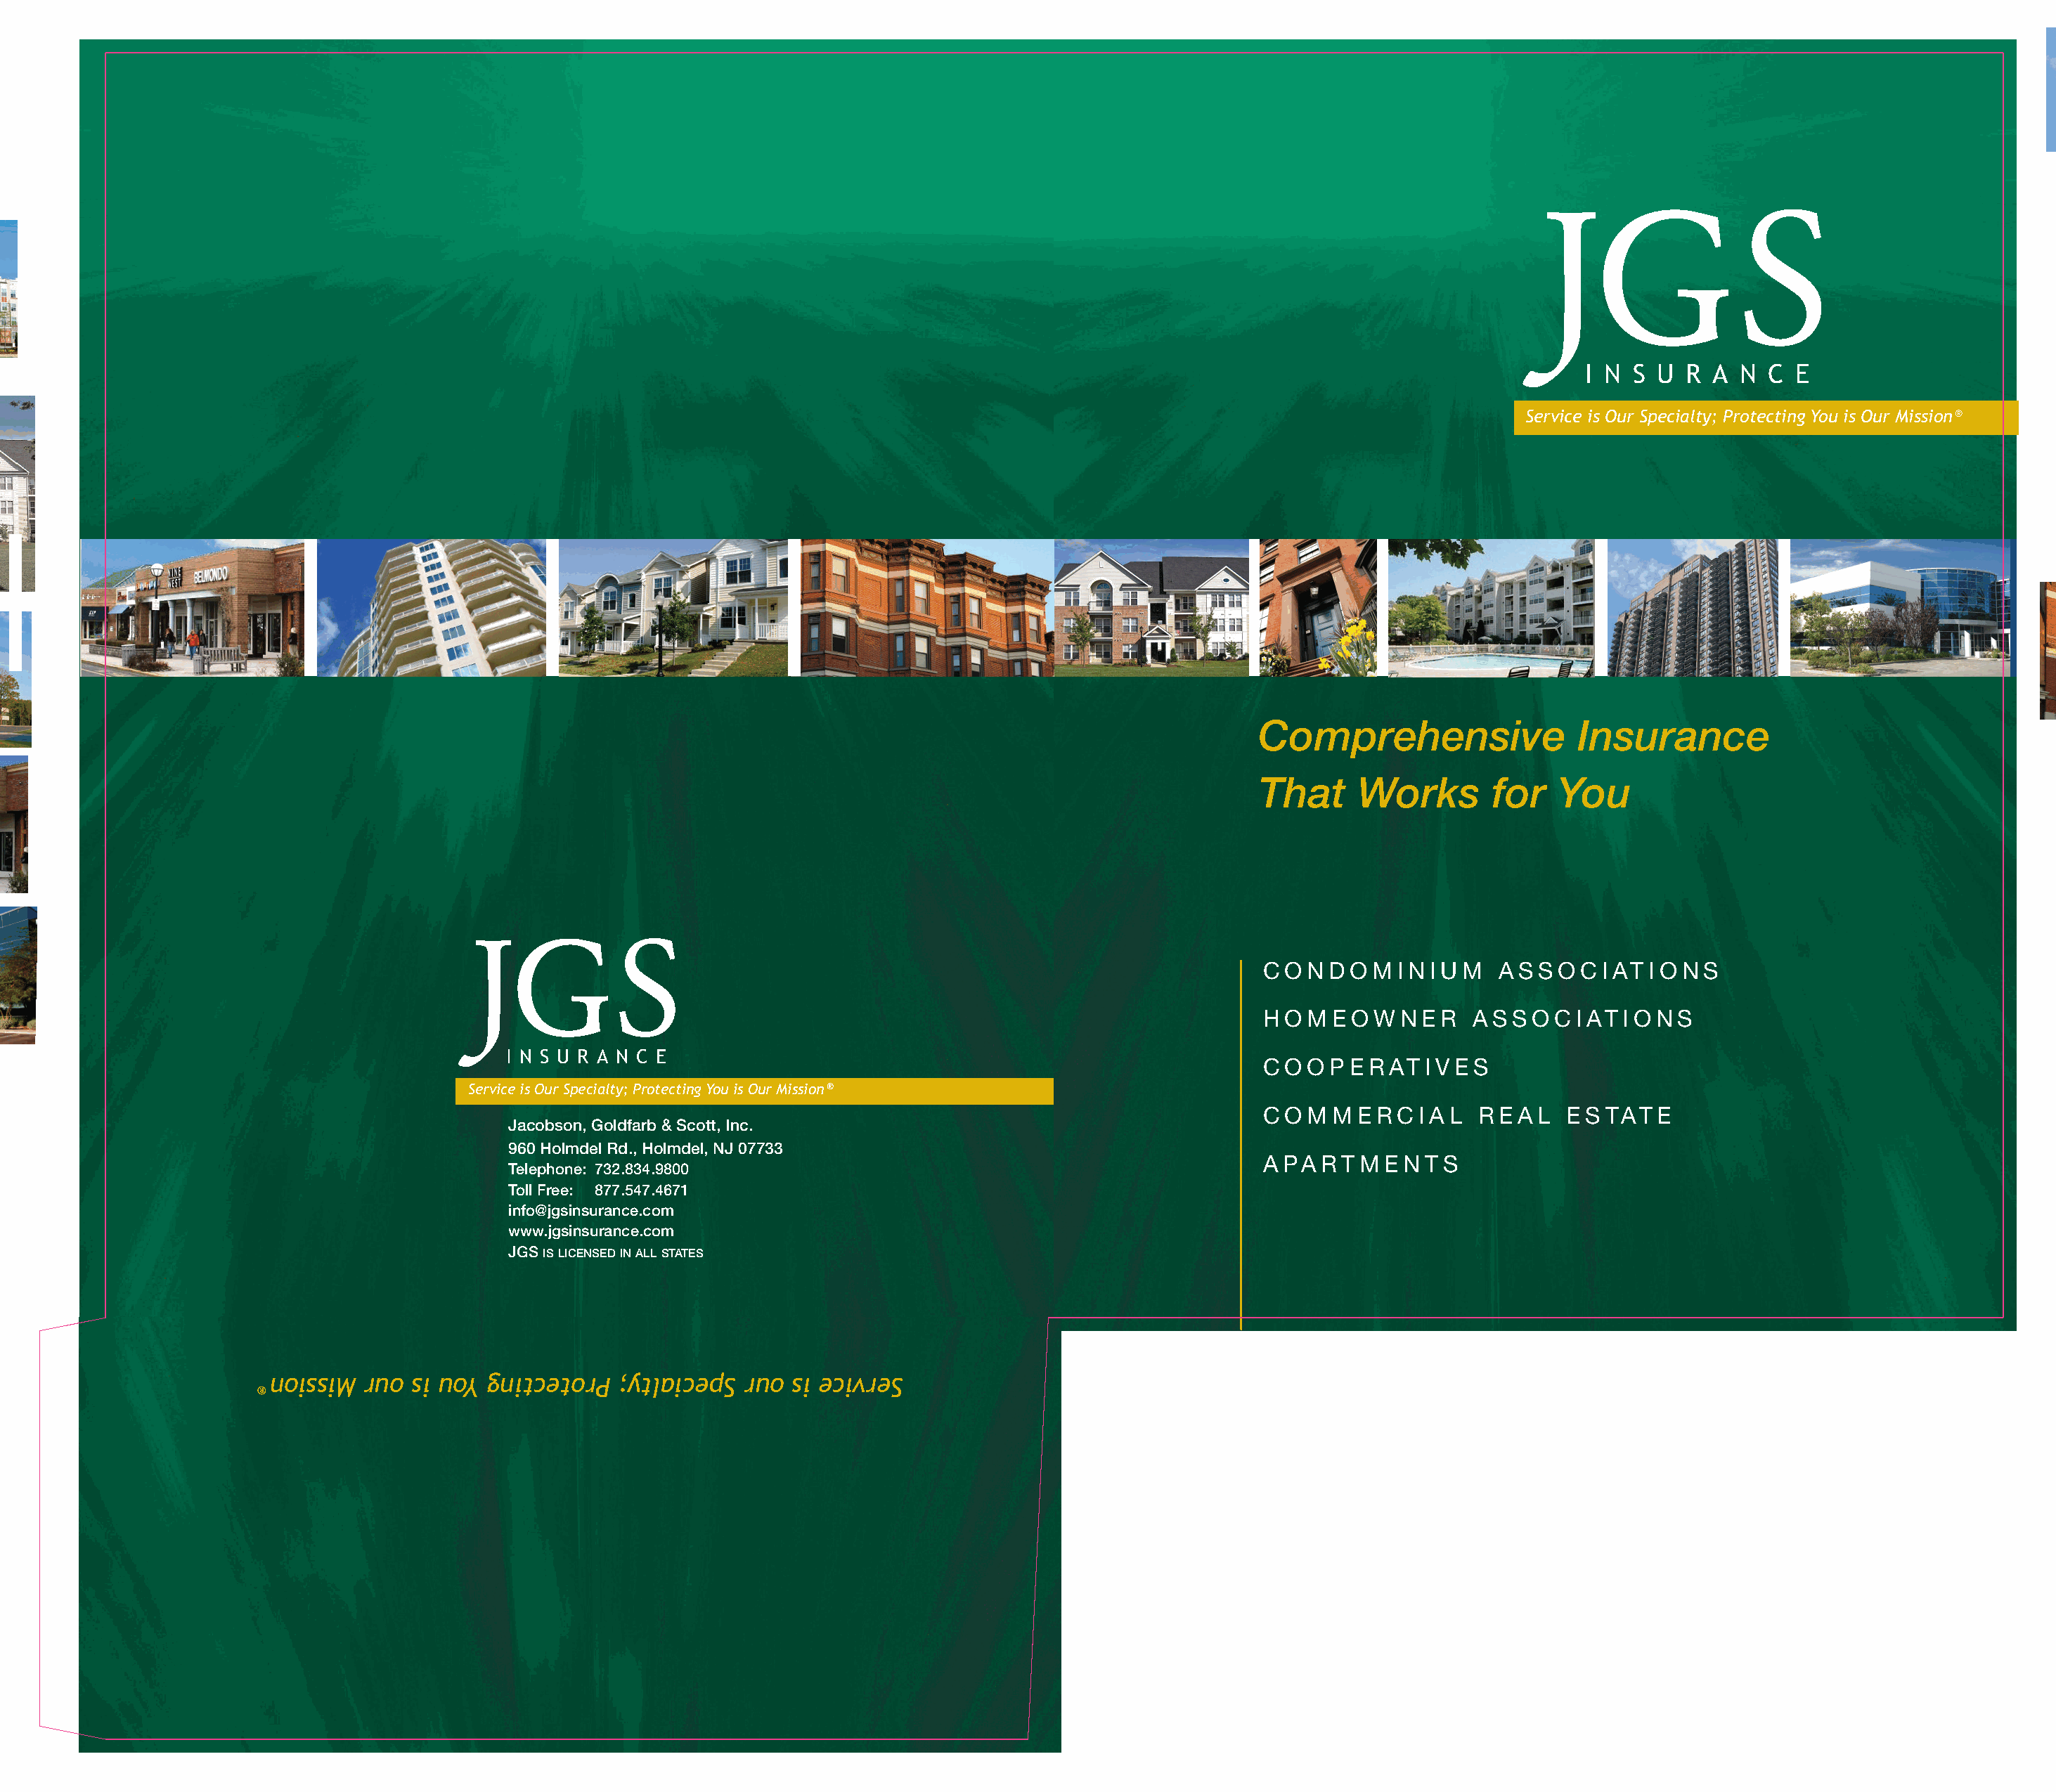
JGS
 I N  S U  R A  N  C E
 Service is Our Specialty; Protecting You is Our Mission®
 Comprehensive                 Insurance
 That     Works        for   You
 JGS
 C O N D O M  I N I U M A S S O C I AT I O N S
 H O M E O W  N E R  A S S O C I AT I O N S
 I N S U R A N C E                                                      C O O P E R AT I V E S
 Service is Our Specialty; ProtectingYou is Our Mission®
 C O M M  E R C I A L R E A L E S TAT E
 Jacobson, Goldfarb & Scott, Inc.
 960 Holmdel Rd., Holmdel, NJ 07733
 A PA RT  M E N T S
 Telephone: 732.834.9800
 Toll Free: 877.547.4671
 info@jgsinsurance.com
 www.jgsinsurance.com
 JGS IS LICENSED IN ALL STATES
 noissiM  ruo  si uoY gnitcetorP  ;ytlaicepS  ruo  si ecivreS
 ®